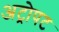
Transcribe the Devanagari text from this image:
अट्रोपट